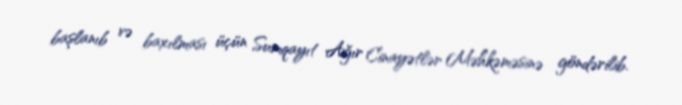
başlanıb və baxılması üçün Sumqayıt Ağır Cinayətlər Məhkəməsinə göndərilib.